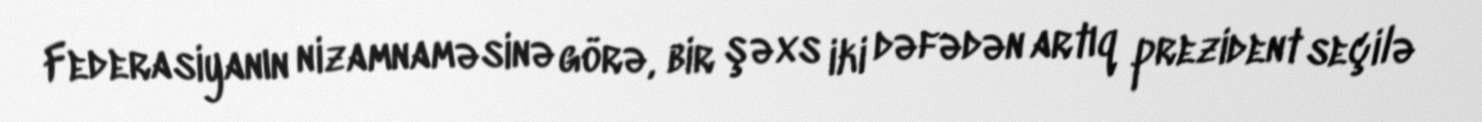
Federasiyanın nizamnaməsinə görə, bir şəxs iki dəfədən artıq prezident seçilə